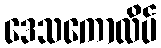
ဒေသကောလိပ်